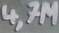
Text: 4,7M